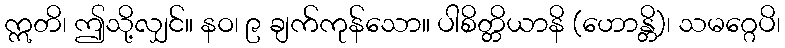
ဣတိ၊ ဤသို့လျှင်။ နဝ၊ ၉ ချက်ကုန်သော။ ပါစိတ္တိယာနိ (ဟောန္တိ)၊ သမဂ္ဂေပိ၊